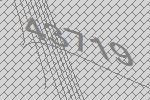
43719